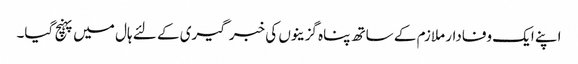
اپنے ایک وفادار ملازم کے ساتھ پناہ گزینوں کی خبر گیری کے لئے ہال میں پہنچ گیا۔